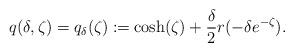
LaTeX: \begin{align*}q(\delta,\zeta) = q_\delta(\zeta)\coloneqq \cosh(\zeta)+\frac{\delta}{2}r(-\delta e^{-\zeta}). \end{align*}